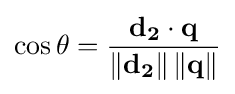
\cos {\theta }={\frac {\mathbf {d_{2}} \cdot \mathbf {q} }{\left\|\mathbf {d_{2}} \right\|\left\|\mathbf {q} \right\|}}